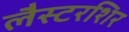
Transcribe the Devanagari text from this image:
लैस्टरशिर